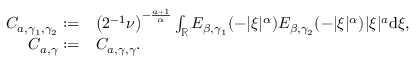
\begin{array} { r l } { C _ { a , \gamma _ { 1 } , \gamma _ { 2 } } : = } & { \left( 2 ^ { - 1 } \nu \right) ^ { - \frac { a + 1 } { \alpha } } \int _ { \mathbb { R } } E _ { \beta , \gamma _ { 1 } } ( - | \xi | ^ { \alpha } ) E _ { \beta , \gamma _ { 2 } } ( - | \xi | ^ { \alpha } ) | \xi | ^ { a } \ensuremath { \mathrm { d } } \xi , } \\ { C _ { a , \gamma } : = } & { C _ { a , \gamma , \gamma } . } \end{array}